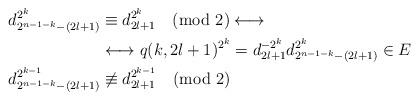
LaTeX: \begin{align*}d_{2^{n-1-k}-(2l+1)}^{2^k}&\equiv d_{2l+1}^{2^k}\pmod{2}\longleftrightarrow\\&\longleftrightarrow q(k,2l+1)^{2^k}=d_{2l+1}^{-2^k}d_{2^{n-1-k}-(2l+1)}^{2^k}\in E\\d_{2^{n-1-k}-(2l+1)}^{2^{k-1}}&\not\equiv d_{2l+1}^{2^{k-1}}\pmod{2}\end{align*}